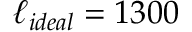
\ell _ { i d e a l } = 1 3 0 0